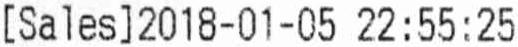
[SALES] 2018-01-05 22:55:25